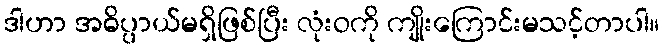
ဒါဟာ အဓိပ္ပာယ်မရှိဖြစ်ပြီး လုံးဝကို ကျိုးကြောင်းမသင့်တာပါ။